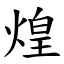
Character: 煌